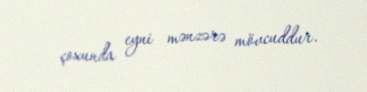
çoxunda eyni mənzərə mövcuddur.